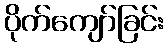
ပိုက်ကျော်ခြင်း